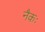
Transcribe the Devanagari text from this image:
नैकः